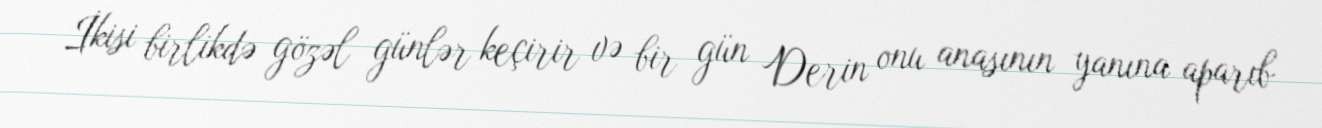
İkisi birlikdə gözəl günlər keçirir və bir gün Derin onu anasının yanına aparıb